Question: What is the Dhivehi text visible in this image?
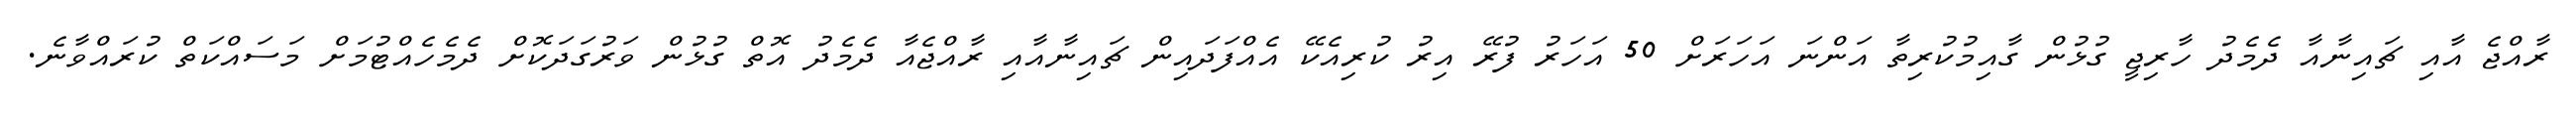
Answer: ރާއްޖެ އާއި ޗައިނާއާ ދެމެދު ހާރިޖީ ގުޅުން ގާއިމުކުރިތާ އަންނަ އަހަރަށް 50 އަހަރު ފުރޭ އިރު ކުރިއެކޭ އެއްފަދައިން ޗައިނާއާއި ރާއްޖެއާ ދެމެދު އޮތް ގުޅުން ވަރުގަދަކޮށް ދެމެހެއްޓުމަށް މަސައްކަތް ކުރައްވާނެ.